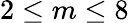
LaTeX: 2\le m\le 8